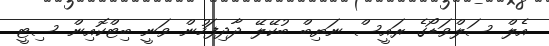
އެލް ސަލްވަޑޯގެ ރައީސް ނަޔިބް ބުކޭލޭ ދާދިފަހުން ވަނީ ބިޓްކޮއިން ސިޓީ